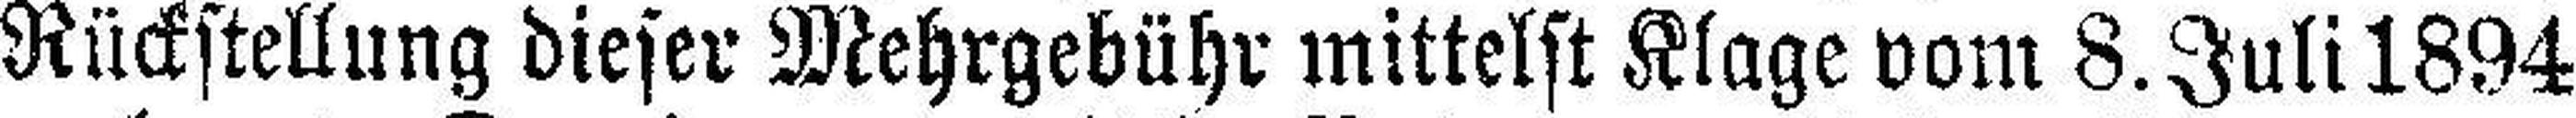
Rückstellung dieser Mehrgebühr mittelst Klage vom 8. Juli 1894